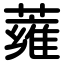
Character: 蕹